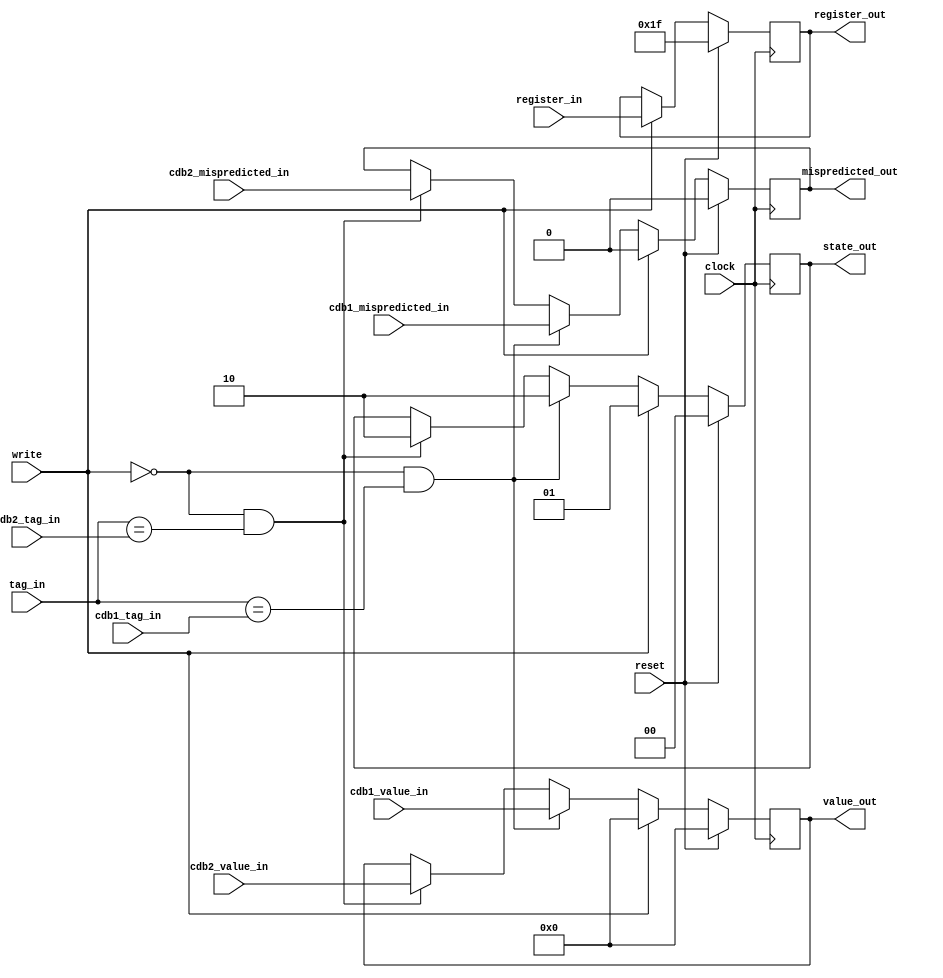


////////////////////////////////////////////////////////////////
// This file houses modules for the inner workings of the ROB //
////////////////////////////////////////////////////////////////

// parameters //
`define ZERO_REG      5'd0
`define RSTAG_NULL    8'hFF
`define ROB_ENTRIES  32
`define UNUSED_TAG_BITS 3
`define SD #1

// rob entry states //
`define ROBE_EMPTY     2'b00
`define ROBE_INUSE     2'b01
`define ROBE_COMPLETE  2'b10
`define ROBE_UNUSED    2'b11


/***
*   Each ROB Entry needs:
*     State
*     Register to be written to
*     Value to be written
***/
module reorder_buffer_entry(

                  //inputs
                  clock, reset, write,
                  tag_in,
                  register_in, 
                  cdb1_value_in, cdb1_tag_in,
                  cdb2_value_in, cdb2_tag_in,
                  cdb1_mispredicted_in, cdb2_mispredicted_in,

                  //outputs
                  value_out, register_out, state_out, mispredicted_out
                  );


  /***  inputs  ***/
  input wire        reset;
  input wire        clock;
  input wire        write;

  input wire  [7:0] tag_in;
  input wire  [4:0] register_in;

  input wire [63:0] cdb1_value_in, cdb2_value_in;
  input wire  [7:0] cdb1_tag_in, cdb2_tag_in;
  input wire        cdb1_mispredicted_in,cdb2_mispredicted_in;

  /***  internals  ***/
  reg [63:0]  n_value;
  reg  [4:0]  n_register;
  reg  [1:0]  n_state;
  reg         n_mispredicted;

  /***  outputs  ***/
  output reg [63:0] value_out;
  output reg  [4:0] register_out;
  output reg  [1:0] state_out;
  output reg        mispredicted_out;

  // combinational assignments //  
  always @*
  begin

    //determine whether to latch dispatch
    if (write)
    begin
      n_state        = `ROBE_INUSE;
      n_value        = 64'b0;
      n_register     = register_in;
      n_mispredicted = 1'b0;  
    end

    //determine whether to latch complete 
    else if (~write && (tag_in==cdb1_tag_in))
    begin 
      n_state        = `ROBE_COMPLETE;
      n_value        = cdb1_value_in;
      n_register     = register_out;
      n_mispredicted = cdb1_mispredicted_in;
    end
    else if (~write && (tag_in==cdb2_tag_in))
    begin
      n_state        = `ROBE_COMPLETE;
      n_value        = cdb2_value_in;
      n_register     = register_out;
      n_mispredicted = cdb2_mispredicted_in; 
    end

    //default case
    else
    begin
      n_state        = state_out;
      n_value        = value_out;
      n_register     = register_out;
      n_mispredicted = mispredicted_out;
    end
  end


  // clock synchronous events //
  always@(posedge clock)
  begin
     if (reset)
     begin
        state_out        <= `SD `ROBE_EMPTY;
        value_out        <= `SD 64'h0;
        register_out     <= `SD `RSTAG_NULL;
        mispredicted_out <= `SD 1'b0;
     end
     else
     begin
        state_out        <= `SD n_state;
        value_out        <= `SD n_value;
        register_out     <= `SD n_register;
        mispredicted_out <= `SD n_mispredicted;
     end
  end

endmodule



/////////////////////
// main ROB module //
/////////////////////
// todo: integrate with rob entry module and set correct inputs for latching
// instruction 
// also, forwarding for the case of a full rob and trying to add instructions
// while retiring is not added, probably should be
module reorder_buffer( clock,reset,
      
      inst1_valid_in,
      inst1_dest_in,

      inst2_valid_in,
      inst2_dest_in,

      // tags for reading from the rs // 
      inst1_rega_tag_in,
      inst1_regb_tag_in,
      inst2_rega_tag_in,
      inst2_regb_tag_in,

      // cdb inputs //
      cdb1_tag_in,
      cdb1_value_in,
      cdb2_tag_in,
      cdb2_value_in, 
      cdb1_mispredicted_in,
      cdb2_mispredicted_in,

      // outputs //
      inst1_tag_out,
      inst2_tag_out,

      // values out to the rs //
      inst1_rega_value_out,
      inst1_regb_value_out,
      inst2_rega_value_out,
      inst2_regb_value_out,     

      // outputs to write directly to the reg file //
      inst1_dest_out,inst1_value_out,
      inst2_dest_out,inst2_value_out,

      // outputs to indicate a mispredicted branch //
      inst1_mispredicted_out,inst2_mispredicted_out,

      // signals out //
      rob_full,rob_empty
                 );


   // inputs //
   input wire clock;
   input wire reset; 

   input wire inst1_valid_in;
   input wire inst2_valid_in;
   input wire [4:0]  inst1_dest_in;
   input wire [4:0]  inst2_dest_in;

   input wire [7:0] inst1_rega_tag_in;
   input wire [7:0] inst1_regb_tag_in;
   input wire [7:0] inst2_rega_tag_in;
   input wire [7:0] inst2_regb_tag_in;

   input wire [7:0]  cdb1_tag_in;
   input wire [7:0]  cdb2_tag_in;
   input wire [63:0] cdb1_value_in;
   input wire [63:0] cdb2_value_in;
   input wire        cdb1_mispredicted_in;
   input wire        cdb2_mispredicted_in;


   // outputs //
   output wire [7:0] inst1_tag_out;
   output wire [7:0] inst2_tag_out;

   output wire [63:0] inst1_rega_value_out;
   output wire [63:0] inst1_regb_value_out;
   output wire [63:0] inst2_rega_value_out;
   output wire [63:0] inst2_regb_value_out;

   output wire [4:0]  inst1_dest_out;
   output wire [63:0] inst1_value_out;
   output wire [4:0]  inst2_dest_out;
   output wire [63:0] inst2_value_out;

   output wire inst1_mispredicted_out;
   output wire inst2_mispredicted_out;

   output wand rob_full;


   // internal regs/wires //
   wire [7:0] head_plus_one;
   wire [7:0] head_plus_two;
   wire [7:0] tail_plus_one; 
   wire [7:0] tail_plus_two;
   wire [7:0] tail_minus_one;
   reg  [7:0]   head;
   wire [7:0] n_head;
   reg  [7:0]   tail;
   wire [7:0] n_tail;
   output wand    rob_empty;


   // regs/wires for talking directly to the reorder buffer entries //
   wire [(`ROB_ENTRIES-1):0] resets;
   wire [(`ROB_ENTRIES-1):0] writes;
   wire [7:0]  tags_in       [(`ROB_ENTRIES-1):0];
   wire [4:0]  registers_in  [(`ROB_ENTRIES-1):0];
   wire [63:0] values_out    [(`ROB_ENTRIES-1):0];
   wire [4:0]  registers_out [(`ROB_ENTRIES-1):0];
   wire [1:0]  states_out    [(`ROB_ENTRIES-1):0]; 
   wire [(`ROB_ENTRIES-1):0] mispredicteds_out; 

   // combinational assignments for head/tail plus one and two. accounts //
   // for overflow  //
   assign head_plus_one  = (head==(`ROB_ENTRIES-1)) ? 8'd0 : head+8'd1;
   assign head_plus_two  = (head==(`ROB_ENTRIES-1)) ? 8'd1 : ( (head==(`ROB_ENTRIES-2)) ? 8'd0 : head+8'd2 );
   assign tail_plus_one  = (tail==(`ROB_ENTRIES-1)) ? 8'd0 : tail+8'd1;                                         
   assign tail_plus_two  = (tail==(`ROB_ENTRIES-1)) ? 8'd1 : ( (tail==(`ROB_ENTRIES-2)) ? 8'd0 : tail+8'd2 );
   assign tail_minus_one = (tail==8'd0) ? (`ROB_ENTRIES-1) : tail-8'd1;

   // combinational assignments for signals //
   assign inst1_retire   =                  (states_out[head         ]==`ROBE_COMPLETE);
   assign inst2_retire   = (inst1_retire && (states_out[head_plus_one]==`ROBE_COMPLETE) );
   assign inst1_dispatch = ( ~rob_full && (inst1_valid_in || (~inst1_valid_in && inst2_valid_in)) ); 
   assign inst2_dispatch = ( ~rob_full && (inst1_valid_in && inst2_valid_in) );


   // insternal assignments for tag comparisions //
   //assign head_lt_tail = (head<tail);   


   // combinational assignments for next state signals //
   assign n_head = ( inst1_retire   ? (inst2_retire   ? head_plus_two : head_plus_one) : head );   // if retiring one inst, inc by one. if two, inc by two
   assign n_tail = ( inst1_dispatch ? (inst2_dispatch ? tail_plus_two : tail_plus_one) : tail );   // if dispatching one inst, inc by one. if two, inc by two


   // for tag outputs (to rs) //
   assign inst1_tag_out = (inst1_dispatch ? tail_minus_one : `RSTAG_NULL);
   assign inst2_tag_out = (inst2_dispatch ? tail           : `RSTAG_NULL);

   // assign appropriate outputs for from-rob values //
   // tags in are broken down to remove the ready-in-rob-bit //
   assign inst1_rega_value_out = values_out[ { {`UNUSED_TAG_BITS{1'b0}}, inst1_rega_tag_in[(7-`UNUSED_TAG_BITS):0] } ]; 
   assign inst1_regb_value_out = values_out[ { {`UNUSED_TAG_BITS{1'b0}}, inst1_regb_tag_in[(7-`UNUSED_TAG_BITS):0] } ];
   assign inst2_rega_value_out = values_out[ { {`UNUSED_TAG_BITS{1'b0}}, inst2_rega_tag_in[(7-`UNUSED_TAG_BITS):0] } ];
   assign inst2_regb_value_out = values_out[ { {`UNUSED_TAG_BITS{1'b0}}, inst2_regb_tag_in[(7-`UNUSED_TAG_BITS):0] } ];


   // assignments for reg file outputs //
   assign inst1_dest_out  = (inst1_retire ? registers_out[head         ] : `ZERO_REG);
   assign inst1_value_out = (inst1_retire ? values_out[   head         ] : 64'd0);
   assign inst2_dest_out  = (inst2_retire ? registers_out[head_plus_one] : `ZERO_REG);
   assign inst2_value_out = (inst2_retire ? values_out[   head_plus_one] : 64'd0);

   // mispredicted out assignments //
   assign inst1_mispredicted_out = (inst1_retire ? mispredicteds_out[head         ] : 1'b0);
   assign inst2_mispredicted_out = (inst2_retire ? mispredicteds_out[head_plus_one] : 1'b0);

   // assignments for rob entry inputs //
   genvar i;
   generate
      for (i=0; i<`ROB_ENTRIES; i=i+1)
      begin : ASSIGNROBEINPUTS
         assign resets[i]       = (reset || (head==i && inst1_retire) || (head_plus_one==i && inst2_retire));
         assign writes[i]       = (tail_plus_one==i && inst1_dispatch) || (tail_plus_two==i && inst2_dispatch); 
         assign registers_in[i] = (tail_plus_one==i) ? inst1_dest_in : ((tail_plus_two==i) ? inst2_dest_in : `ZERO_REG);
      end
   endgenerate
   
   
   // assignments for rob empty/full states //
   generate
      for (i=0; i<`ROB_ENTRIES; i=i+1)
	  begin : ASSIGNEMPTYFULLSTATES
	     assign rob_empty = (states_out[i]==`ROBE_EMPTY);                                    // this is a wand
	     assign rob_full  = (states_out[i]==`ROBE_INUSE || states_out[i]==`ROBE_COMPLETE);   // again, a wand
	  end
   endgenerate

   // internal modules for ROB entries //
   generate 
      for (i=0; i<`ROB_ENTRIES; i=i+1)
      begin : CREATEROBES

      reorder_buffer_entry entries ( .clock(clock), .reset(resets[i]), .write(writes[i]),
                                       
                    .tag_in( i[7:0] ),
                    .register_in(registers_in[i]),       
               
                    .cdb1_tag_in(cdb1_tag_in), .cdb1_value_in(cdb1_value_in),
                    .cdb2_tag_in(cdb2_tag_in), .cdb2_value_in(cdb2_value_in),
                    .cdb1_mispredicted_in(cdb1_mispredicted_in), .cdb2_mispredicted_in(cdb2_mispredicted_in),

                    .value_out(values_out[i]),
                    .register_out(registers_out[i]),
                    .state_out(states_out[i]),
                    .mispredicted_out(mispredicteds_out[i])

                         );

      end
   endgenerate


   // clock-synchronouse assignments for //
   always@(posedge clock)
   begin
      if (reset)
      begin
         head      <= `SD 8'd0;
         tail      <= `SD (`ROB_ENTRIES-1);
      end
      else
      begin
         head      <= `SD n_head;
         tail      <= `SD n_tail;
      end
   end

endmodule